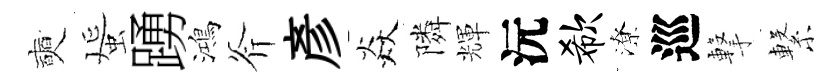
奭蜑踴鴻斧彥焱隣輝沅欷潦巡撃繋